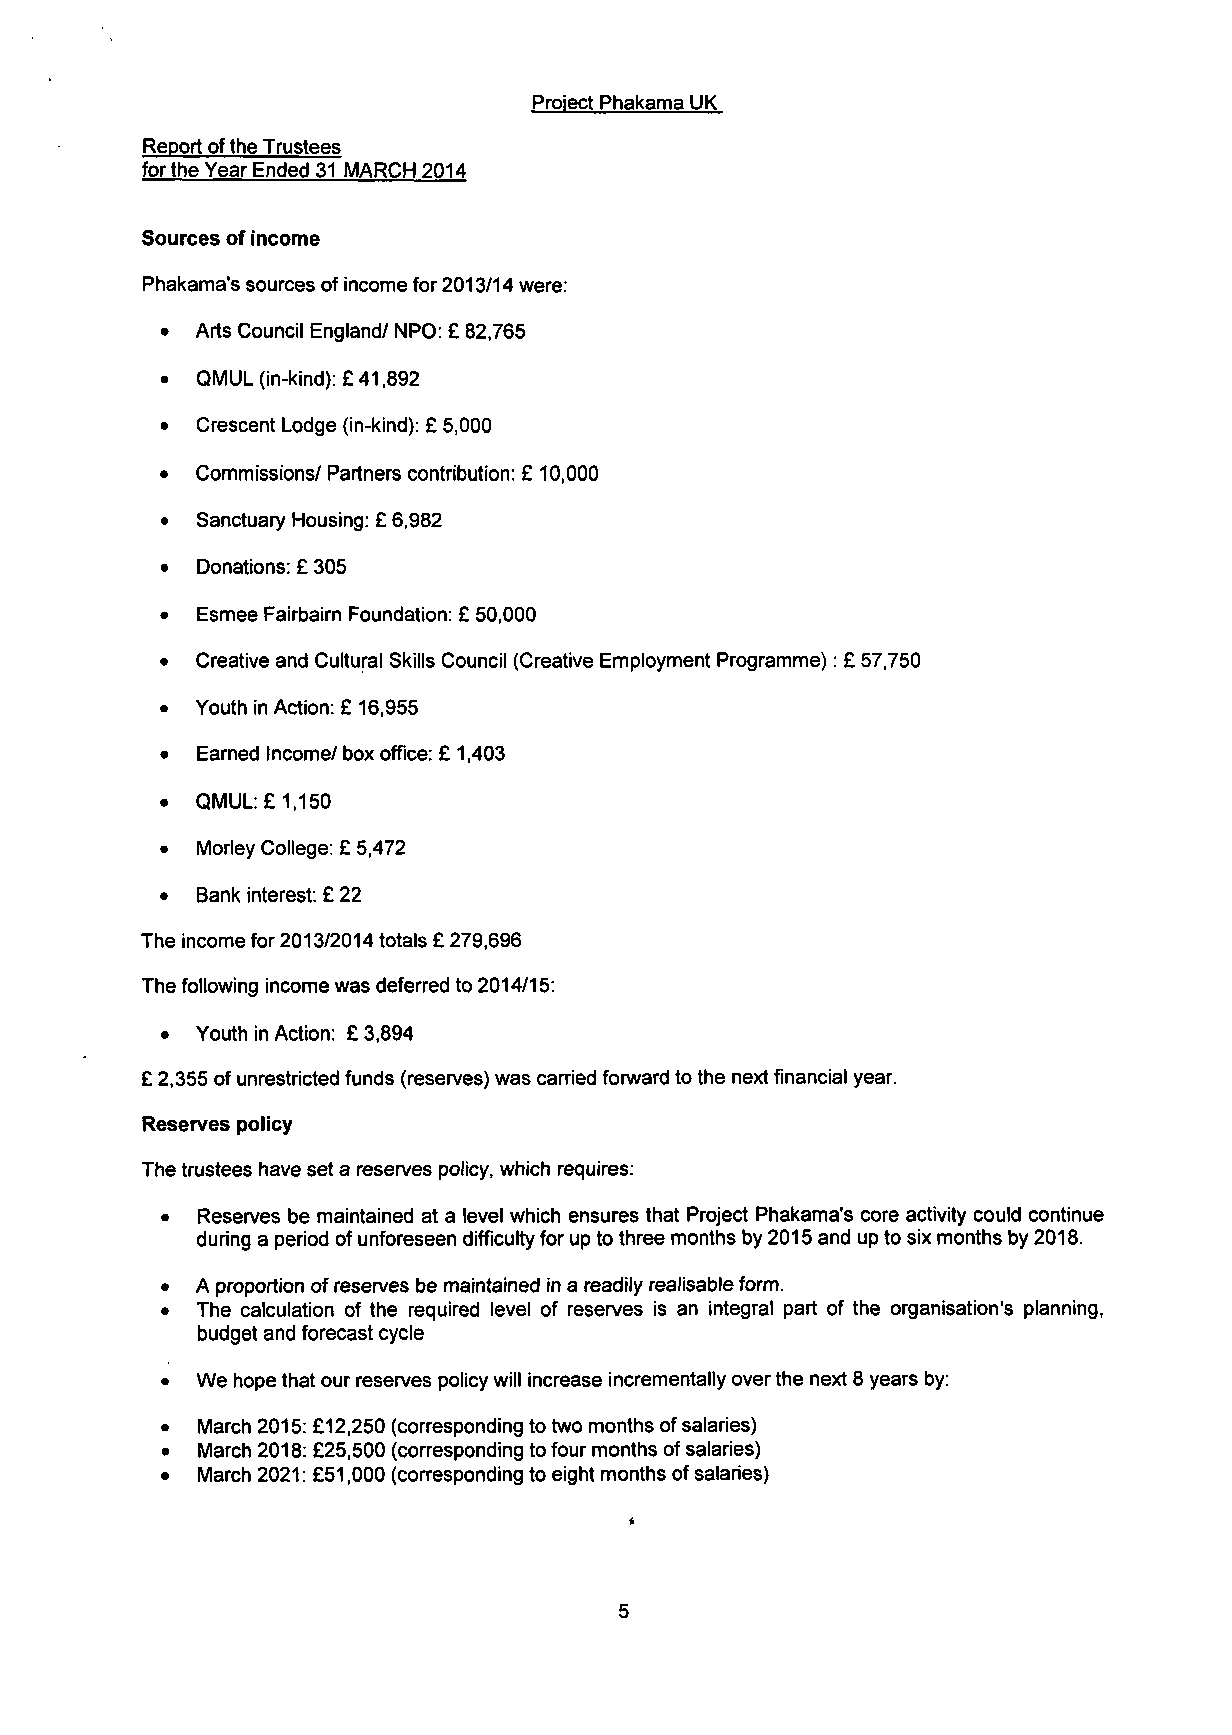
Project Phakama UK
 Report of the Trustees
 for the Year Ended 31 MARCH 2014
 Sources of income
 Phakama's sources of income for 2013/14 were:
 • Arts Council England/ NPO: £ 82,765
 • QMUL (in-kind): £41,892
 • Crescent Lodge (in-kind): £ 5,000
 • Commissions/ Partners contribution: £ 10,000
 • Sanctuary Housing: £ 6,982
 • Donations: £ 305
 • Esmee Fairbairn Foundation: £ 50,000
 • Creative and Cultural Skills Council (Creative Employment Programme): £ 57,750
 • Youth in Action: £ 16,955
 • Earned Income/box office: £ 1,403
 • QMUL: £1,150
 • Morley College: £ 5,472
 • Bank interest: £ 22
 The income for 2013/2014 totals £ 279,696
 The following income was deferred to 2014/15:
 • Youth in Action: £3,894
 £ 2,355 of unrestricted funds (reserves) was carried forward to the next financial year.
 Reserves policy
 The trustees have set a reserves policy, which requires:
 • Reserves be maintained at a level which ensures that Project Phakama's core activity could continue
 during a period of unforeseen difficulty for up to three months by 2015 and up to six months by 2018.
 • A proportion of reserves be maintained in a readily realisable form.
 • The calculation of the required level of reserves is an integral part of the organisation's planning,
 budget and forecast cycle
 • We hope that our reserves policy will increase incrementally over the next 8 years by:
 • March 2015: £12,250 (corresponding to two months of salaries)
 • March 2018: £25,500 (corresponding to four months of salaries)
 • March 2021: £51,000 (corresponding to eight months of salaries)
 5